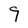
Character: 9